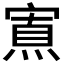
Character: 𡪍